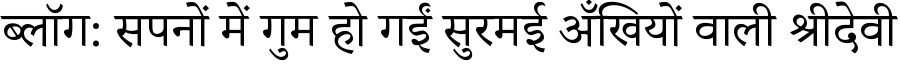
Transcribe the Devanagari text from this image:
ब्लॉग: सपनों में गुम हो गईं सुरमई अँखियों वाली श्रीदेवी